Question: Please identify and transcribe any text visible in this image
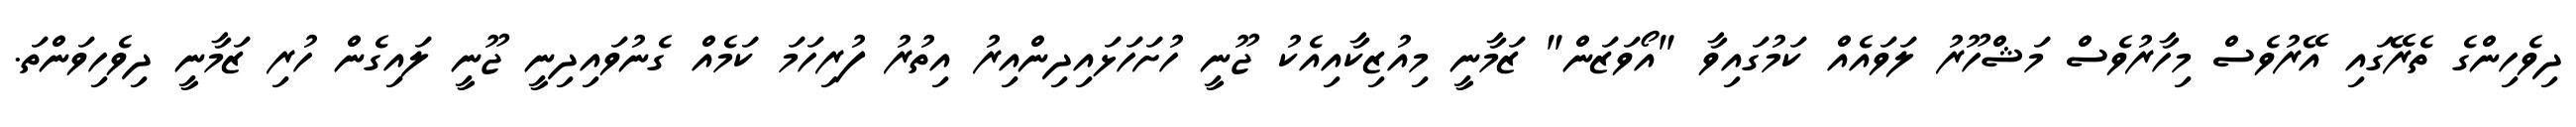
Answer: ދިވެހިންގެ ތެރޭގައި އޭރުވެސް މިހާރުވެސް މަޝްހޫރު ލަވައެއް ކަމުގައިވާ "އޯވަޒަން" ޒަމާނީ މިއުޒިކާއިއެކު ޖޫނީ ހުށަހަޅައިދިންއިރު އިތުރު ފުރިހަމަ ކަމެއް ގެނުވައިދިނީ ޖޫނީ ލައިގެން ހުރި ޒަމާނީ ދިވެހިވަންތަ.